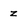
Character: z